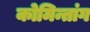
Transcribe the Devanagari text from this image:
कोमिन्तांग